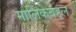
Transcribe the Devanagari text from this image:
मालिकेबद्दल